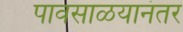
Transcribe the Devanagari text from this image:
पावसाळयानंतर